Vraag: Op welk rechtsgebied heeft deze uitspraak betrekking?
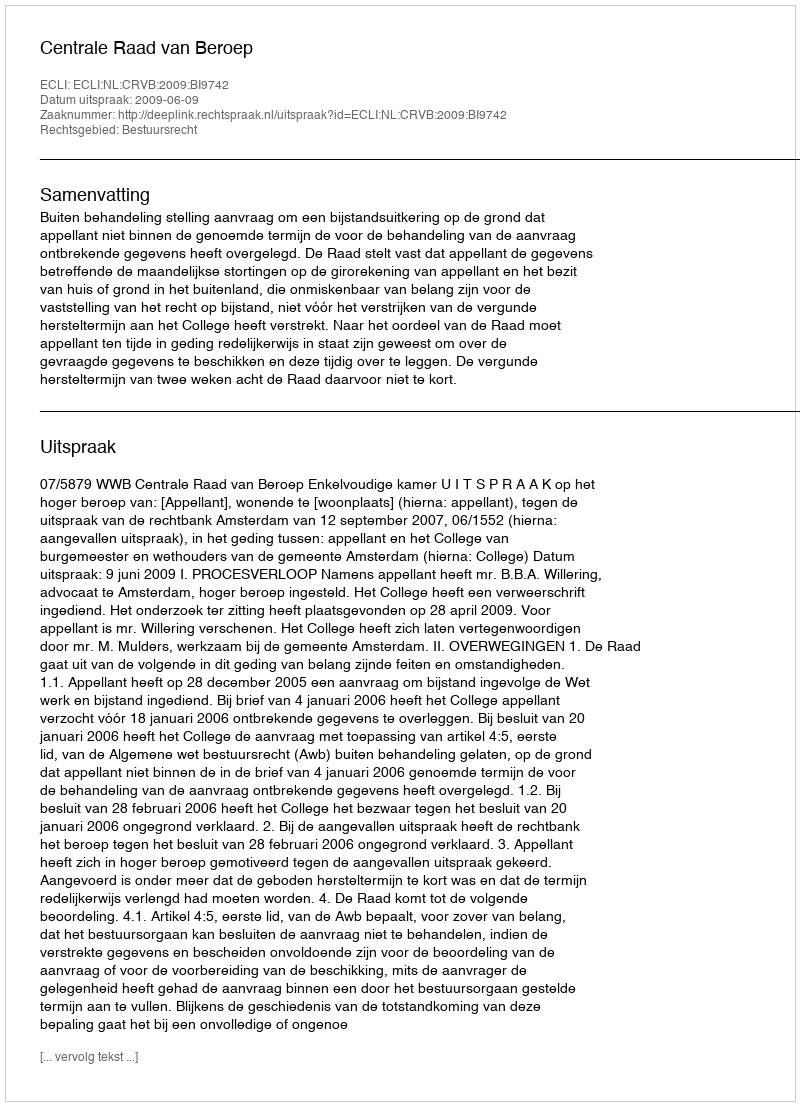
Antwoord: Bestuursrecht